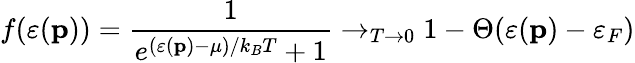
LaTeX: f(\varepsilon(\mathbf{p}))=\frac{1}{e^{(\varepsilon(\mathbf{p})-\mu)/k_{B}T}+1}\rightarrow_{T\rightarrow 0}1-\Theta(\varepsilon(\mathbf{p})-\varepsilon_{F})